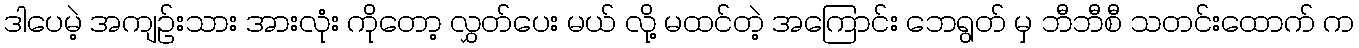
ဒါပေမဲ့ အကျဉ်းသား အားလုံး ကိုတော့ လွှတ်ပေး မယ် လို့ မထင်တဲ့ အကြောင်း ဘေရွတ် မှ ဘီဘီစီ သတင်းထောက် က